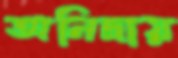
অনিদ্রায়